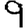
Digit: 9